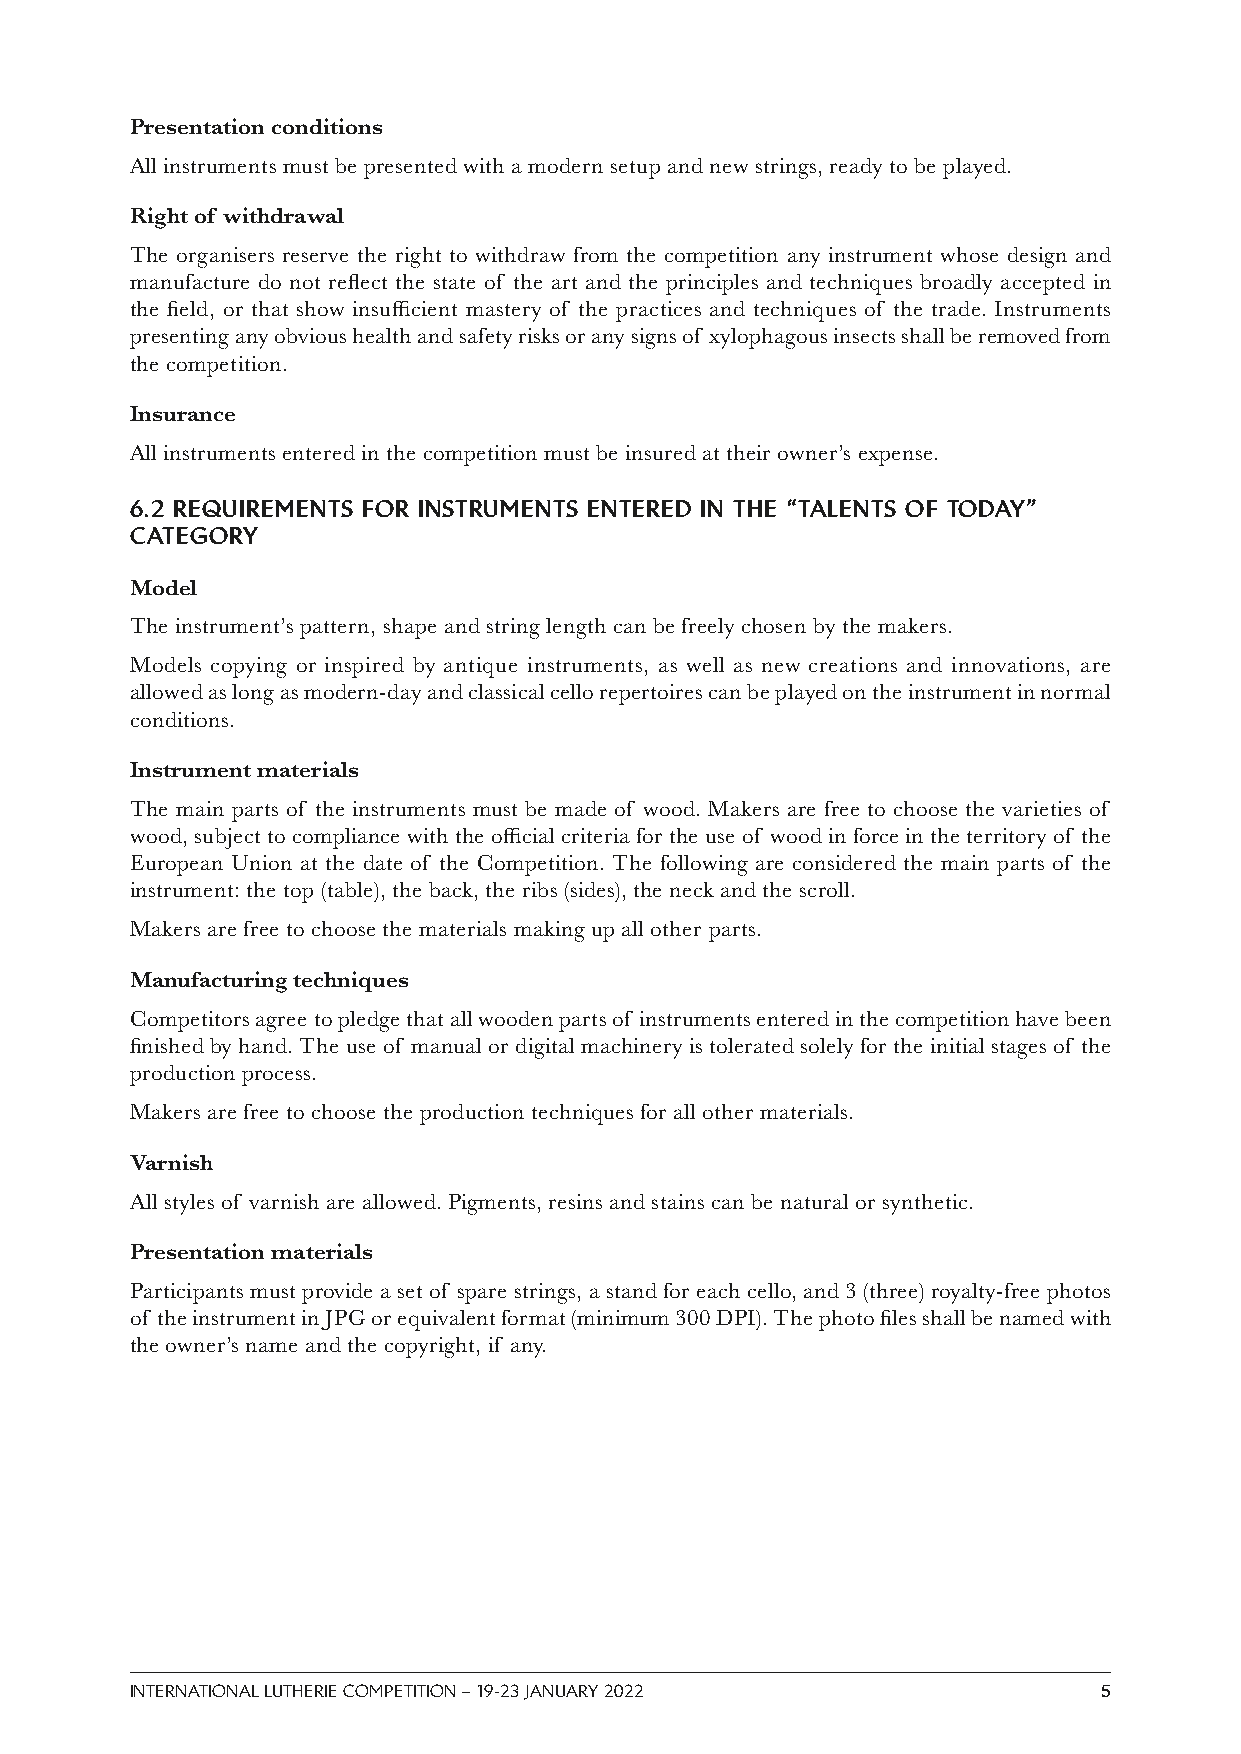
Presentation conditions
 All instruments must be presented with a modern setup and new strings, ready to be played.
 Right of withdrawal
 The organisers reserve the right to withdraw from the competition any instrument whose design and
 manufacture do not reflect the state of the art and the principles and techniques broadly accepted in
 the field, or that show insufficient mastery of the practices and techniques of the trade. Instruments
 presenting any obvious health and safety risks or any signs of xylophagous insects shall be removed from
 the competition.
 Insurance
 All instruments entered in the competition must be insured at their owner’s expense.
 6.2 REQUIREMENTS FOR INSTRUMENTS ENTERED IN THE “TALENTS OF TODAY”
 CATEGORY
 Model
 The instrument’s pattern, shape and string length can be freely chosen by the makers.
 Models copying or inspired by antique instruments, as well as new creations and innovations, are
 allowed as long as modern-day and classical cello repertoires can be played on the instrument in normal
 conditions.
 Instrument materials
 The main parts of the instruments must be made of wood. Makers are free to choose the varieties of
 wood, subject to compliance with the official criteria for the use of wood in force in the territory of the
 European Union at the date of the Competition. The following are considered the main parts of the
 instrument: the top (table), the back, the ribs (sides), the neck and the scroll.
 Makers are free to choose the materials making up all other parts.
 Manufacturing techniques
 Competitors agree to pledge that all wooden parts of instruments entered in the competition have been
 finished by hand. The use of manual or digital machinery is tolerated solely for the initial stages of the
 production process.
 Makers are free to choose the production techniques for all other materials.
 Varnish
 All styles of varnish are allowed. Pigments, resins and stains can be natural or synthetic.
 Presentation materials
 Participants must provide a set of spare strings, a stand for each cello, and 3 (three) royalty-free photos
 of the instrument in JPG or equivalent format (minimum 300 DPI). The photo files shall be named with
 the owner’s name and the copyright, if any.
 INTERNATIONAL LUTHERIE COMPETITION – 19-23 JANUARY 2022         5